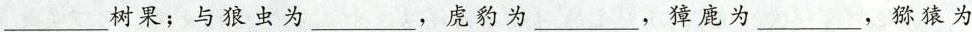
___树果；与狼虫为___，虚豹为___，獐鹿为___，猕猿为